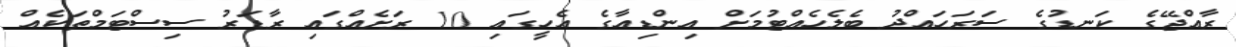
ރާއްޖޭގެ ކަނޑުގެ ސަރަހައްދު ބެލެހެއްޓުމަށް އިންޑިއާގެ އެހީގައި 10 ރަށެއްގައި ރާޑަރު ސިސްޓަމްތަކެއް